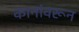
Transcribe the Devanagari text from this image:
कानांवरून